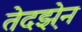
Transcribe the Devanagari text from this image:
तेदझ़ेन